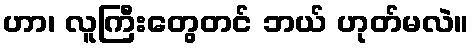
ဟာ၊ လူကြီးတွေတင် ဘယ် ဟုတ်မလဲ။